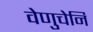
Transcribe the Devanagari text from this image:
वेणुचेनि